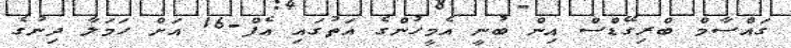
ގައްސާމް ބްރިގޭޑްސް އިން ބުނީ އެމީހުންގެ އަތުގައި އެފް-16 އަށް ހަމަލާ ދިނުގެ